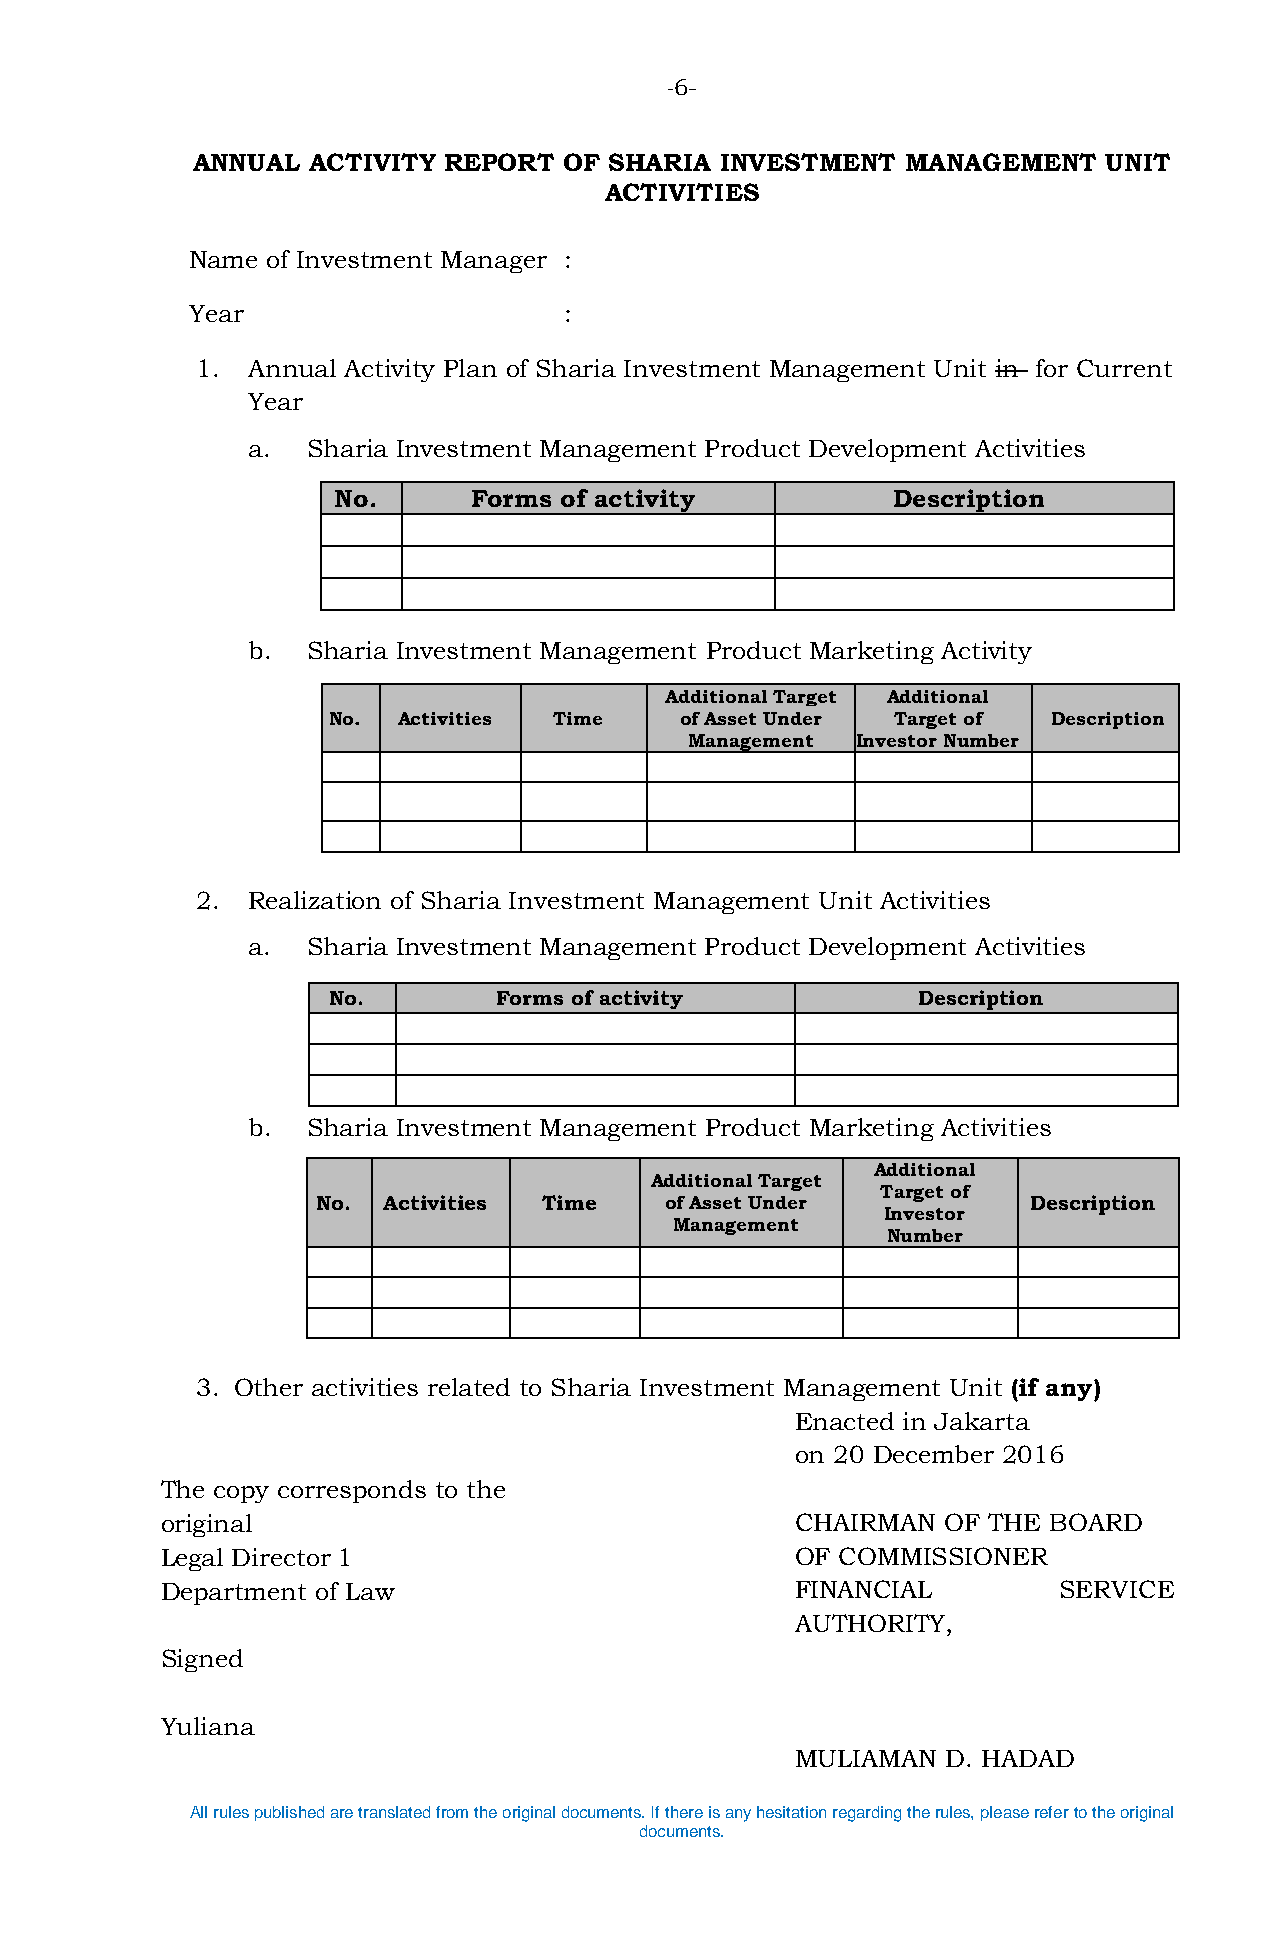
-6-
 ANNUAL ACTIVITY REPORT  OF SHARIA  INVESTMENT  MANAGEMENT   UNIT
 ACTIVITIES
 Name of Investment Manager :
 Year                    :
 1. Annual Activity Plan of Sharia Investment Management Unit in for Current
 Year
 a.  Sharia Investment Management Product Development Activities
 No.      Forms of activity           Description
 b.  Sharia Investment Management Product Marketing Activity
 Additional Target Additional
 No. Activities Time    of Asset Under Target of Description
 Management Investor Number
 2. Realization of Sharia Investment Management Unit Activities
 a.  Sharia Investment Management Product Development Activities
 No.        Forms of activity           Description
 b.  Sharia Investment Management Product Marketing Activities
 Additional
 Additional Target
 Target of
 No. Activities Time    of Asset Under          Description
 Investor
 Management
 Number
 3. Other activities related to Sharia Investment Management Unit (if any)
 Enacted in Jakarta
 on 20 December 2016
 The copy corresponds to the
 original                                  CHAIRMAN OF THE BOARD
 Legal Director 1                          OF COMMISSIONER
 Department of Law                         FINANCIAL        SERVICE
 AUTHORITY,
 Signed
 Yuliana
 MULIAMAN  D. HADAD
 All rules published are translated from the original documents. If there is any hesitation regarding the rules, please refer to the original
 documents.